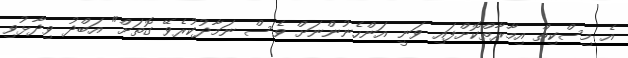
އެ މިސްކިތް އިމާރާތްކޮށްފައި ވަނީ އަންހެނުންނަށް ވެސް ނަމާދުކުރެވޭ ގޮތަށް" އަބްދު ވިދާޅުވި